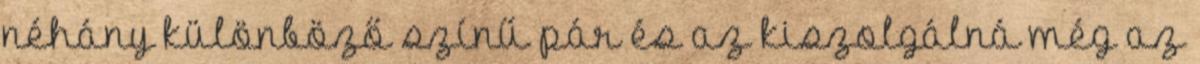
néhány különböző színű pár és az kiszolgálná még az